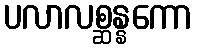
ပလာလစ္ဆန္နကော